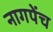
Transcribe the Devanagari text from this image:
नागपेंच